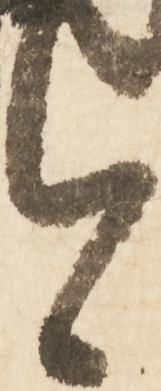
今